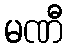
မဏီ